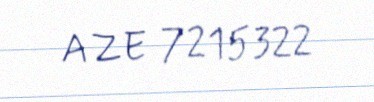
AZE 7215322